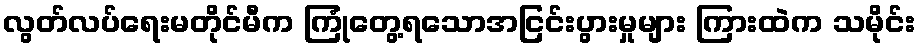
လွတ်လပ်ရေးမတိုင်မီက ကြုံတွေ့ရသောအငြင်းပွားမှုများ ကြားထဲက သမိုင်း